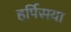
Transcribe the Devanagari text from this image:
हर्पिसया